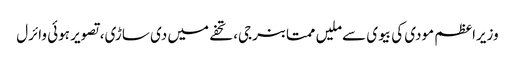
وزیراعظم مودی کی بیوی سے ملیں ممتا بنرجی، تحفے میں دی ساڑی، تصویر ہوئی وائرل